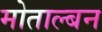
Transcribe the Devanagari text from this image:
मोताल्बन